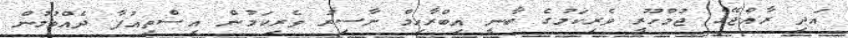
އަދި ރާއްޖޭގެ ޖުމްހޫރީ ވެރިކަމުގެ ބާނީ އިބްރާހިމް ނާސިރު ވެރިކަމުން އިސްތިއުފާ ދެއްވުމުން